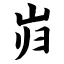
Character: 岿